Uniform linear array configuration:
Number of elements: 64
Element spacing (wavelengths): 0.75
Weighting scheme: hamming
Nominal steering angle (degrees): -15
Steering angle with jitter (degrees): -15.271
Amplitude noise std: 0.05
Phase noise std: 0.05

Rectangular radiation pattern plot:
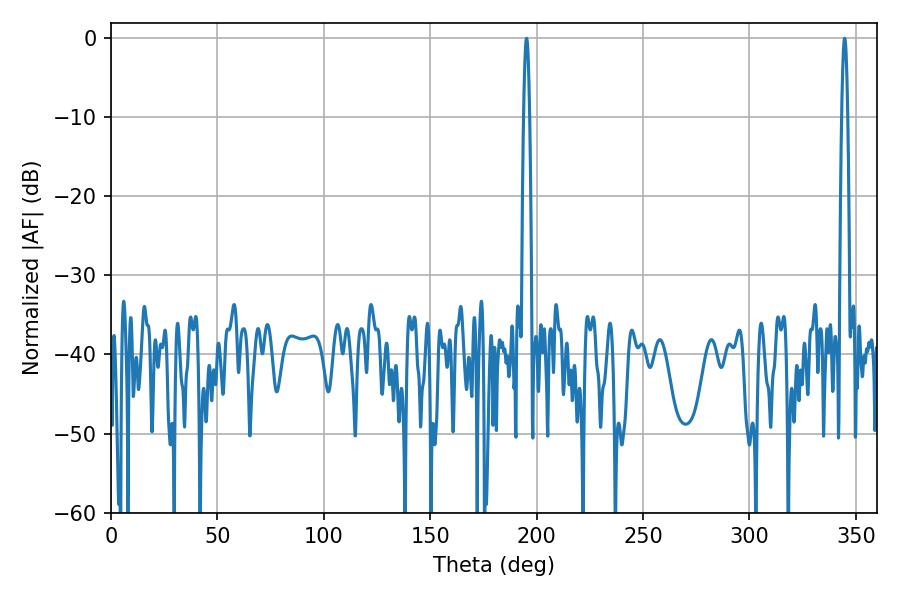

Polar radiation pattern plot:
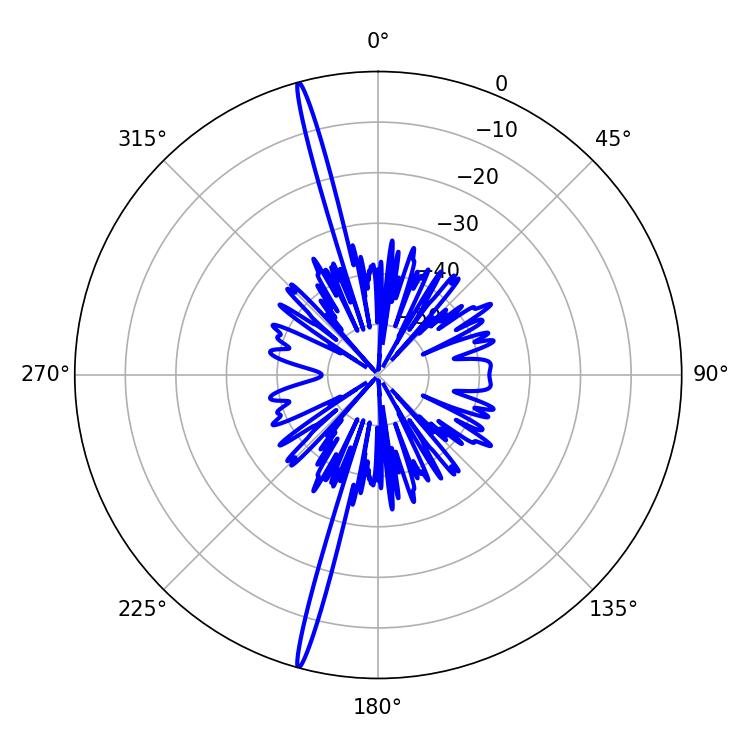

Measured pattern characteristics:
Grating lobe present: TRUE
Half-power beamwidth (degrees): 1.44
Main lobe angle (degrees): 344.7